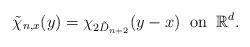
LaTeX: \begin{align*}\tilde{\chi}_{n,x}(y)=\chi_{2\tilde{D}_{n+2}}(y-x)\;\;\textrm{on}\;\;\mathbb{R}^d.\end{align*}